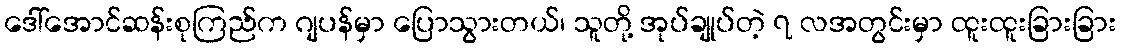
ဒေါ်အောင်ဆန်းစုကြည်က ဂျပန်မှာ ပြောသွားတယ်၊ သူတို့ အုပ်ချုပ်တဲ့ ၇ လအတွင်းမှာ ထူးထူးခြားခြား